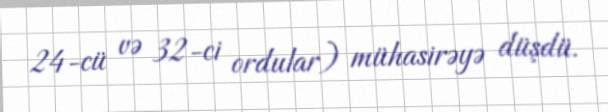
24-cü və 32-ci ordular) mühasirəyə düşdü.